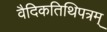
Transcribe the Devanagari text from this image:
वैदिकतिथिपत्रम्